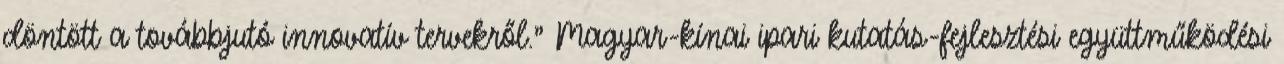
döntött a továbbjutó innovatív tervekről." Magyar-kínai ipari kutatás-fejlesztési együttműködési